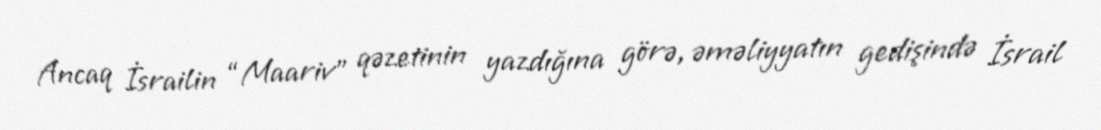
Ancaq İsrailin “Maariv” qəzetinin yazdığına görə, əməliyyatın gedişində İsrail